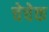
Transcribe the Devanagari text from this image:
चेचेक